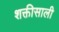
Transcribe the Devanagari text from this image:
शक्तीसाली